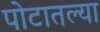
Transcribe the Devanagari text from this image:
पोटातल्या